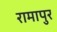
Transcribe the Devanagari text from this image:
रामापुर